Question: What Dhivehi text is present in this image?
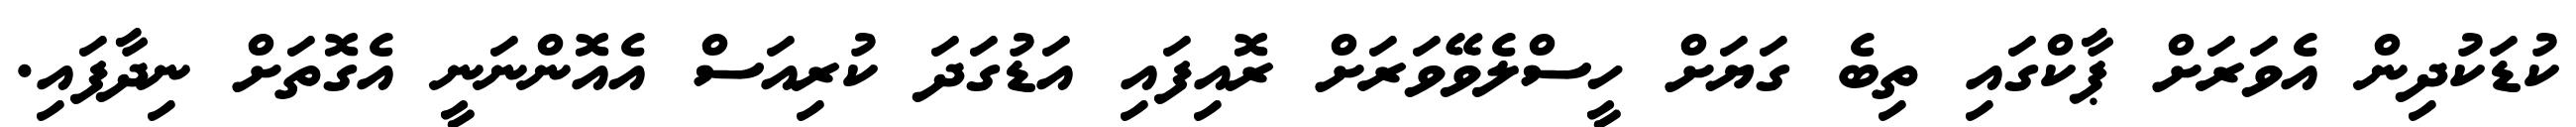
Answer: ކުޑަކުދިން އެވަރަށް ޕާކްގައި ތިބެ ގަޔަށް ހީސްލެވޭވަރަށް ރޮއިފައި އަޑުގަދަ ކުރިއަސް އެއޮންނަނީ އެގޮތަށް ނިދާފައި.